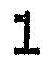
1